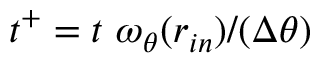
t ^ { + } = t \ \omega _ { \theta } ( r _ { i n } ) / ( \Delta \theta )